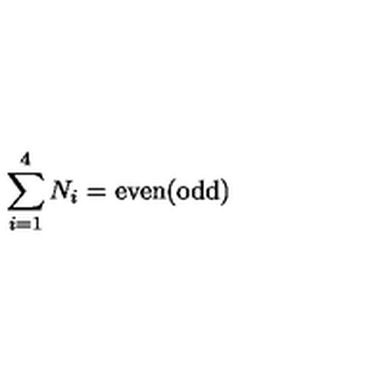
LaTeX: \sum _ { i = 1 } ^ { 4 } N _ { i } = \mathrm { e v e n ( o d d ) }